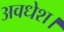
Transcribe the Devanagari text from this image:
अवधेश।